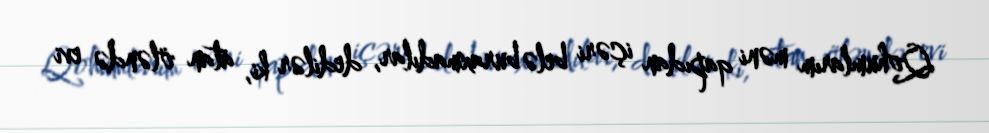
Qohumlarım məni qapıdan içəri belə buraxmadılar, dedilər ki, atan öləndə evi